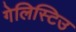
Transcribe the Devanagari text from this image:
गेलिस्टिउ